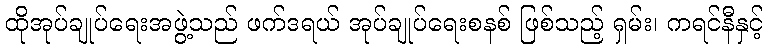
ထိုအုပ်ချုပ်ရေးအဖွဲ့သည် ဖက်ဒရယ် အုပ်ချုပ်ရေးစနစ် ဖြစ်သည့် ရှမ်း၊ ကရင်နီနှင့်